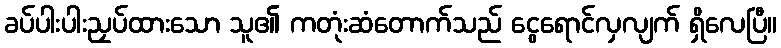
ခပ်ပါးပါးညှပ်ထားသော သူ၏ ကတုံးဆံတောက်သည် ငွေရောင်လှလျက် ရှိလေပြီ။